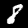
Label: 8